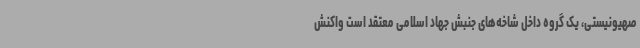
صهیونیستی، یک گروه داخل شاخه‌های جنبش جهاد اسلامی معتقد است واکنش